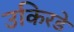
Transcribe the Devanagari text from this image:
उकिरडे